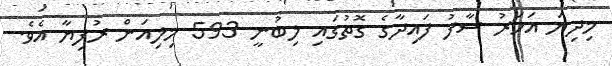
މިދިޔަ އަހަރު ސާފު ފައިދާގެ ގޮތުގައި ލިބުނީ 593 މިލިއަން ރުފިޔާ އެވެ.